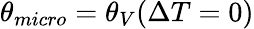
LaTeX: \theta_{micro}=\theta_{V}(\Delta T=0)